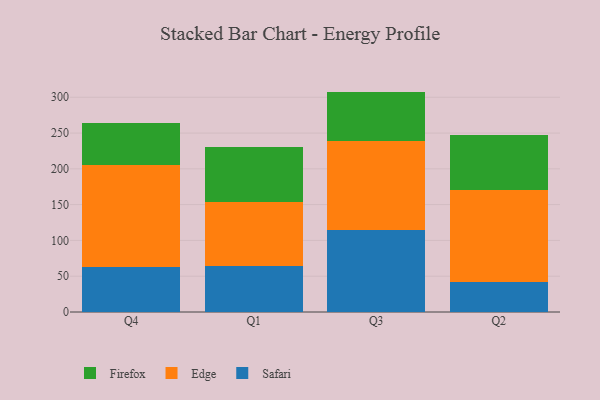
{"axis": {"x": "Quarter", "y": "Tickets Resolved"}, "legend": ["Edge", "Firefox", "Safari"], "data": [{"x": "Q4", "y": 63.3, "type": "Safari"}, {"x": "Q4", "y": 141.6, "type": "Edge"}, {"x": "Q4", "y": 59.4, "type": "Firefox"}, {"x": "Q1", "y": 64.8, "type": "Safari"}, {"x": "Q1", "y": 88.6, "type": "Edge"}, {"x": "Q1", "y": 76.7, "type": "Firefox"}, {"x": "Q3", "y": 114.6, "type": "Safari"}, {"x": "Q3", "y": 124.5, "type": "Edge"}, {"x": "Q3", "y": 68.8, "type": "Firefox"}, {"x": "Q2", "y": 41.8, "type": "Safari"}, {"x": "Q2", "y": 129.0, "type": "Edge"}, {"x": "Q2", "y": 76.6, "type": "Firefox"}]}